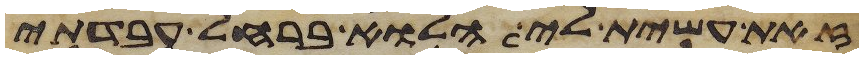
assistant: זאת עשית לי הלוא ברחל עבדתי